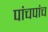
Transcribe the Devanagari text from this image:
पांचपांच